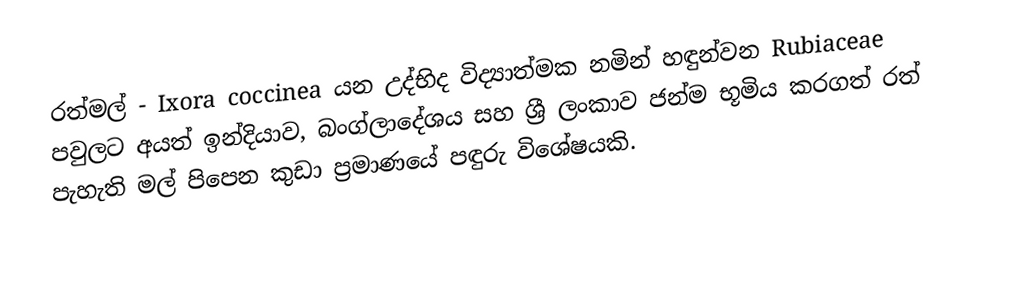
රත්මල් -   Ixora coccinea යන උද්භිද විද්‍යාත්මක නමින් හඳුන්වන Rubiaceae පවුලට අයත්   ඉන්දියාව, බංග්ලාදේශය සහ ශ්‍රී ලංකාව ජන්ම භූමිය කරගත් රත් පැහැති මල් පිපෙන කුඩා ප්‍රමාණයේ පඳුරු විශේෂයකි.